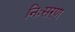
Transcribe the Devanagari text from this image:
निःसरण